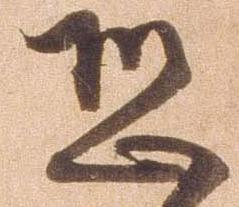
恐